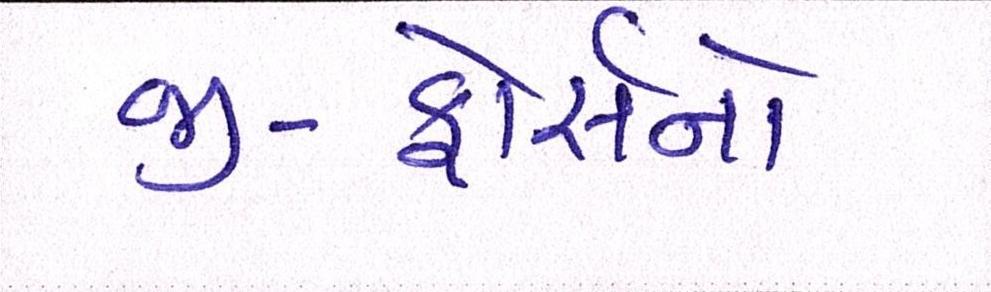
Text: જી-ફોર્સનો